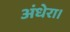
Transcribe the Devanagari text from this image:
अंधेरा।